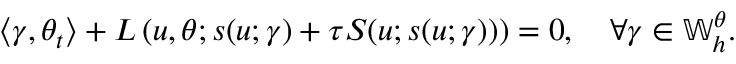
\left\langle \gamma , \theta _ { t } \right\rangle + L \left( u , \theta ; s ( u ; \gamma ) + \tau S ( u ; s ( u ; \gamma ) ) \right) = 0 , \quad \forall \gamma \in \mathbb { W } _ { h } ^ { \theta } .